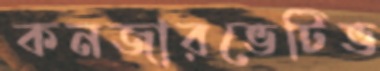
কনজারভেটিভ